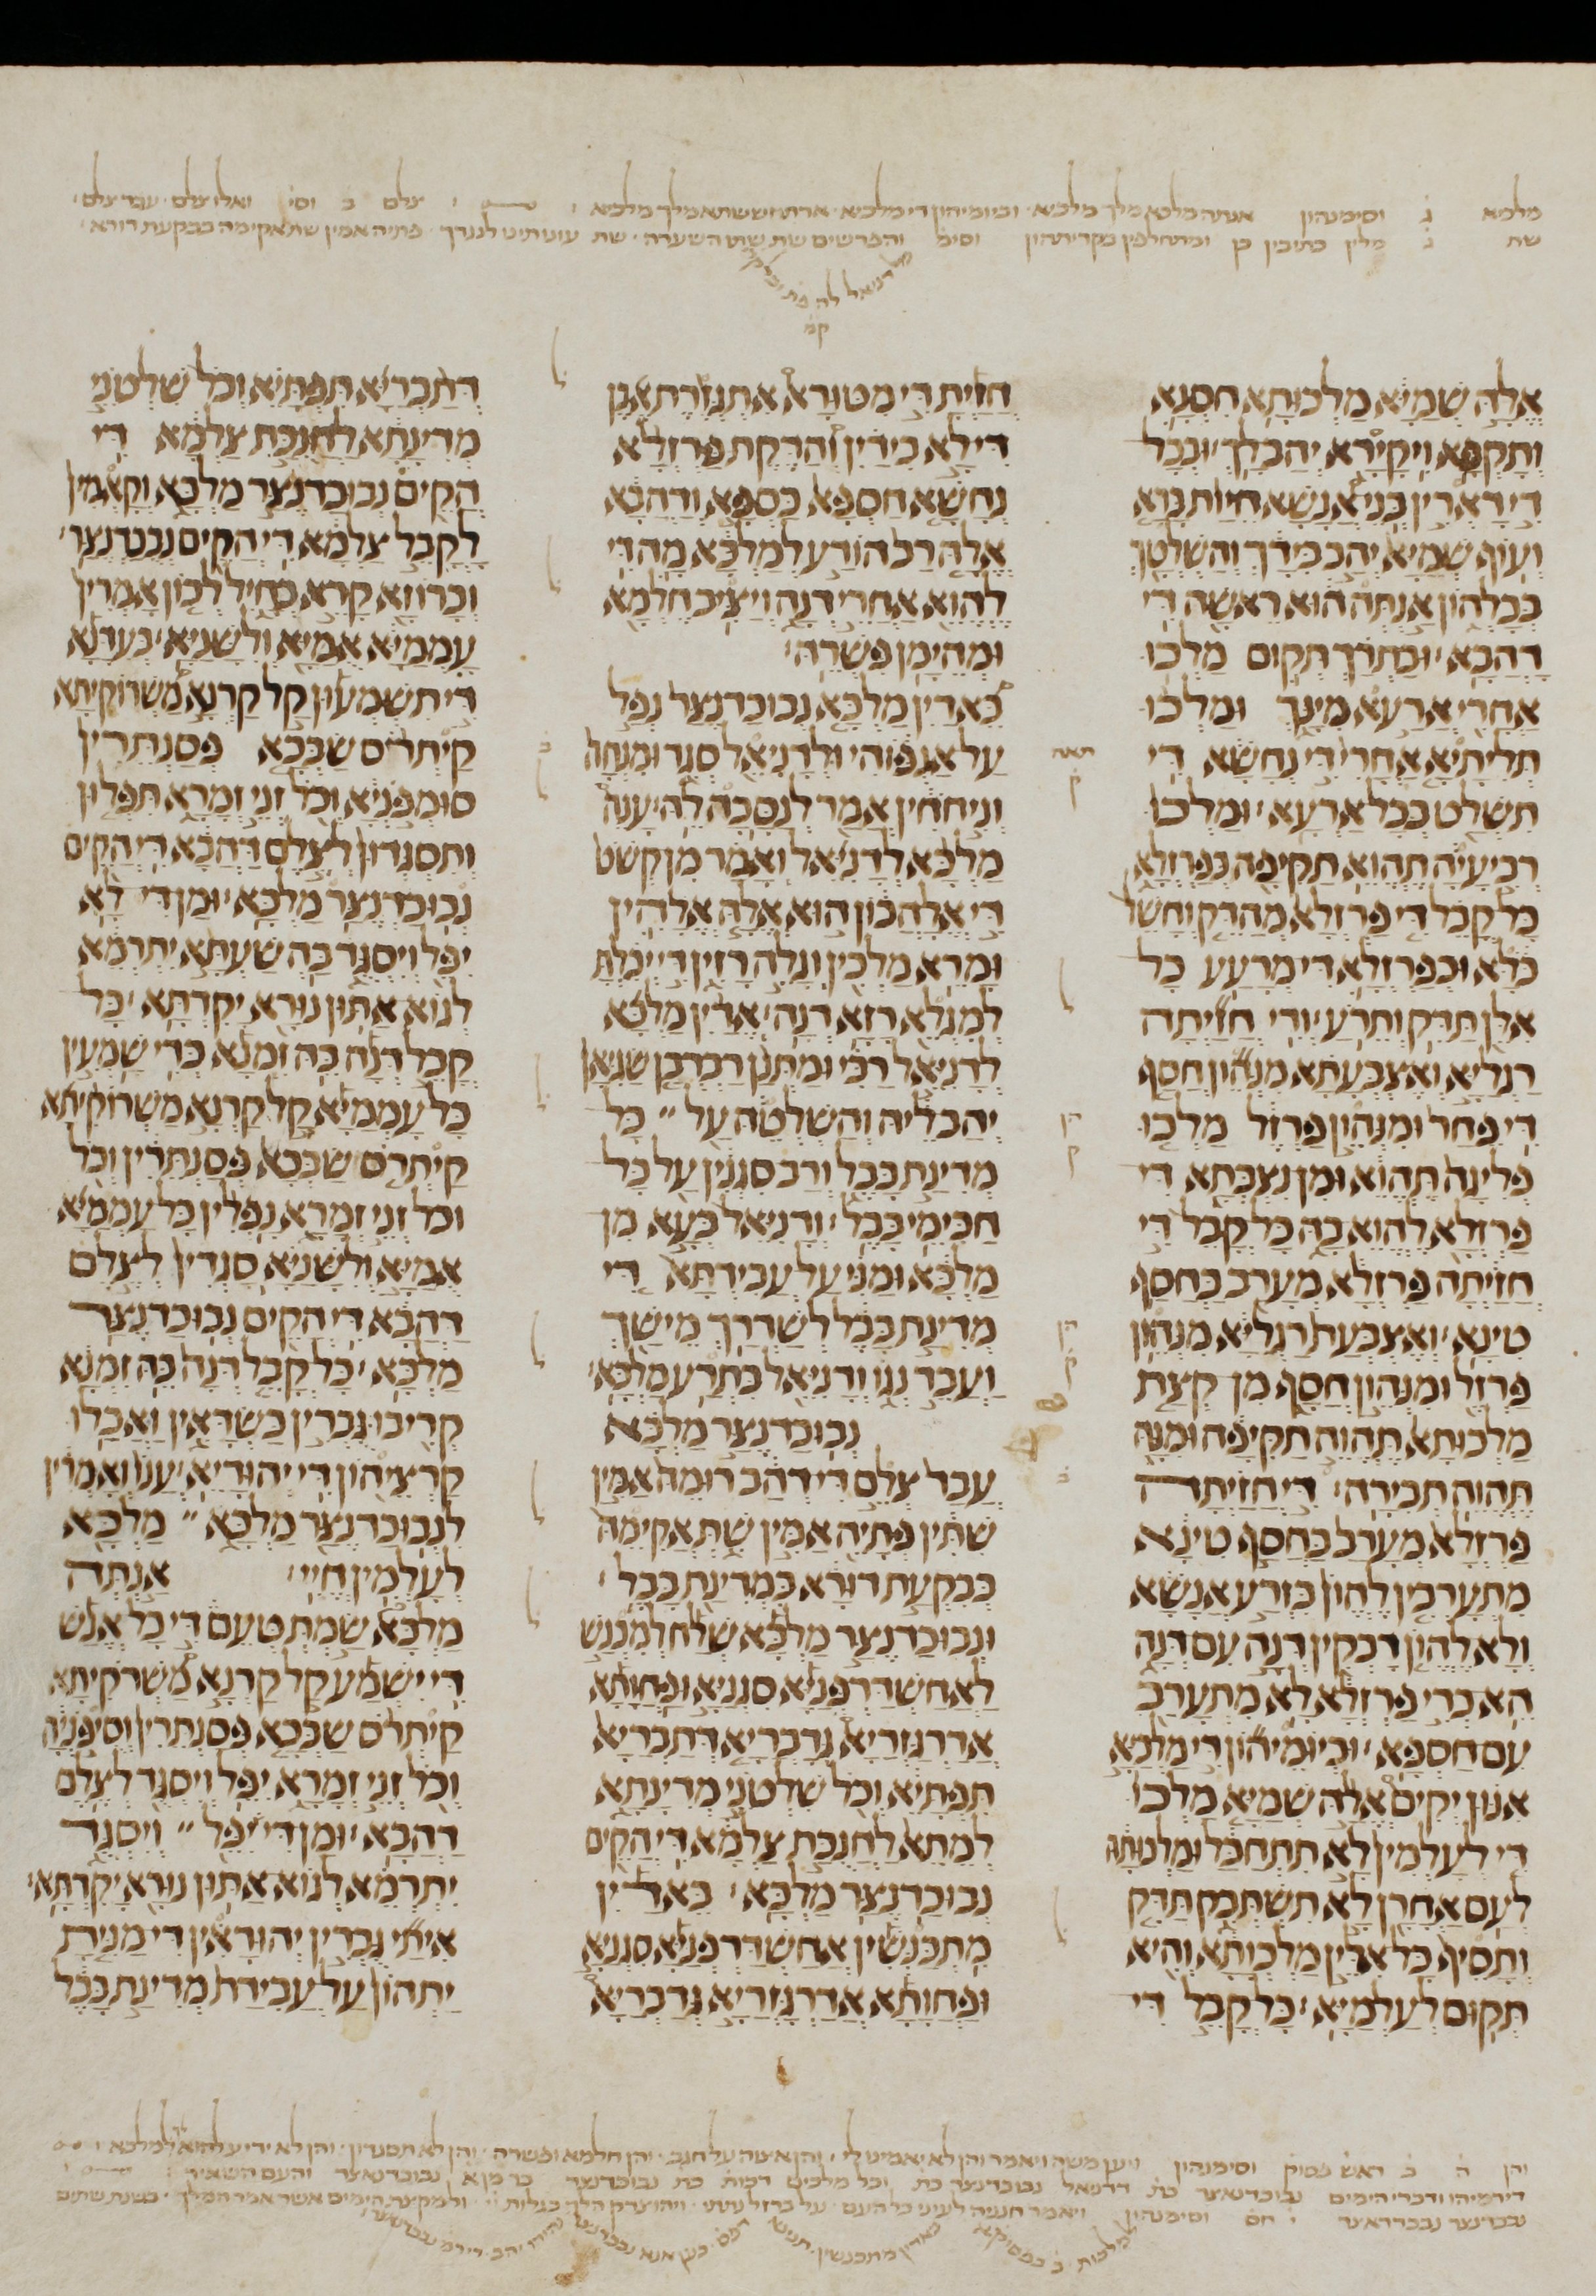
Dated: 1200–1299